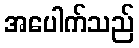
အပေါက်သည်